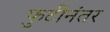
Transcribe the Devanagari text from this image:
फुटीनंतर